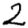
Digit: 2